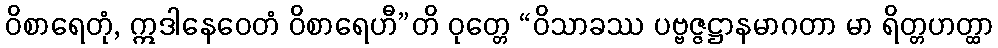
ဝိစာရေတုံ, ဣဒါနေဝေတံ ဝိစာရေဟီ”တိ ဝုတ္တေ “ဝိသာခဿ ပဗ္ဗဇ္ဇဋ္ဌာနမာဂတာ မာ ရိတ္တဟတ္ထာ